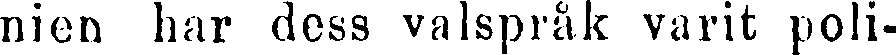
nien har dess valspråk varit poli-